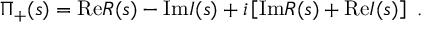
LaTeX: \Pi _ { + } ( s ) = \mathrm { R e } R ( s ) - \mathrm { I m } I ( s ) + i \left[ \mathrm { I m } R ( s ) + \mathrm { R e } I ( s ) \right] \ .